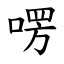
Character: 㗄